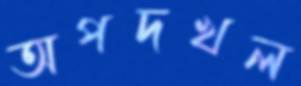
অপদখল